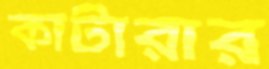
কাটারার